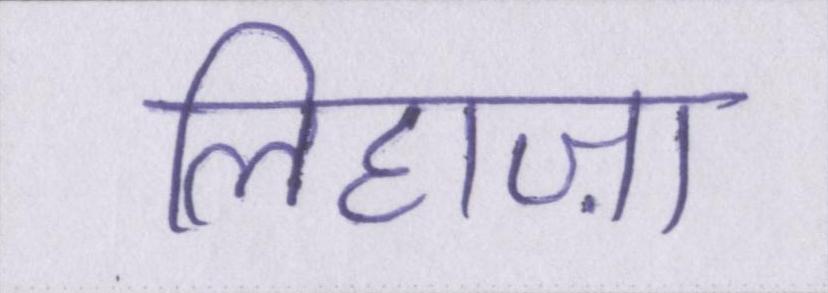
लिहाज़ा